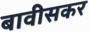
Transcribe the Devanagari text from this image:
बावीसकर